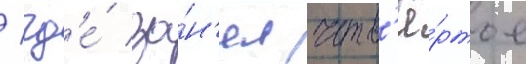
/ гд'е́ за́н'ял четв'ё́ртое